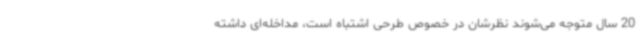
20 سال متوجه می‌شوند نظرشان در خصوص طرحی اشتباه است، مداخله‌ای داشته